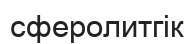
сферолитгік